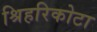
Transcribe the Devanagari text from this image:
श्रिहरिकोटा